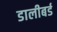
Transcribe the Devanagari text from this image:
डालीबर्ड